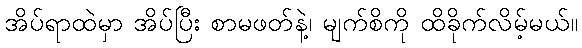
အိပ်ရာထဲမှာ အိပ်ပြီး စာမဖတ်နဲ့၊ မျက်စိကို ထိခိုက်လိမ့်မယ်။